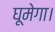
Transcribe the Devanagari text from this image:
घूमेगा।